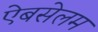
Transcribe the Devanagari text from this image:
ऐबसेलम